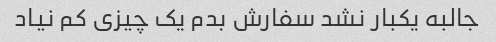
جالبه یکبار نشد سفارش بدم یک چیزی کم نیاد